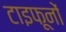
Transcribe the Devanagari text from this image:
टाइफूनों